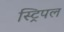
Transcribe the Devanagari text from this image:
स्ट्रिपल